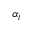
\alpha _ { i }